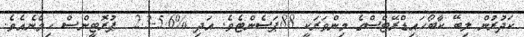
ކަދުރުން ލިބޭ ކާބޯހައިޑްރޭޓްސްގެ މިންވަރަކީ 88ޕަސެންޓެވެ. އަދި %5.6-2.3  ޕުރޮޓީންސް ހިމެނެއެވެ.